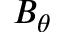
B _ { \theta }